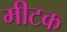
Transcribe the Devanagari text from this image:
मीटक